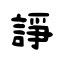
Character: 諍